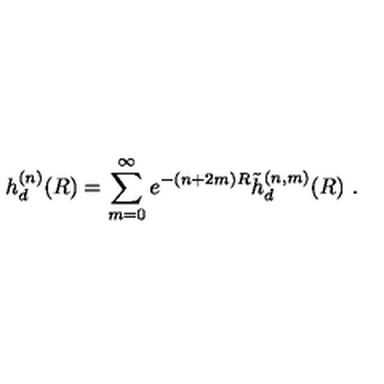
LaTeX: h _ { d } ^ { ( n ) } ( R ) = \sum _ { m = 0 } ^ { \infty } e ^ { - ( n + 2 m ) R } \tilde { h } _ { d } ^ { ( n , m ) } ( R ) \ .